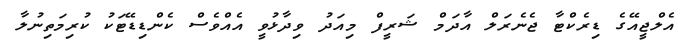
އެލްޖީއޭގެ ޑިރެކްޓާ ޖެނެރަލް އާދަމް ޝަރީފް މިއަދު ވިދާޅުވީ އެއްވެސް ކެންޑިޑޭޓަކު ކުރިމަތިނުލާ